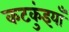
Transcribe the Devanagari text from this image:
कटकुंइयाँ